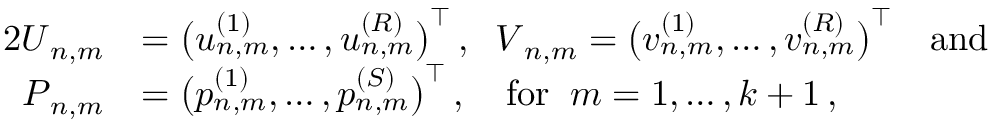
\begin{array} { r l } { { 2 } \boldsymbol U _ { n , m } } & { = \big ( u _ { n , m } ^ { ( 1 ) } , \ldots , u _ { n , m } ^ { ( R ) } \big ) ^ { \top } \, , \; \; \boldsymbol V _ { n , m } = \big ( v _ { n , m } ^ { ( 1 ) } , \ldots , v _ { n , m } ^ { ( R ) } \big ) ^ { \top } \quad \mathrm { a n d } } \\ { \boldsymbol P _ { n , m } } & { = \big ( p _ { n , m } ^ { ( 1 ) } , \ldots , p _ { n , m } ^ { ( S ) } \big ) ^ { \top } \, , \quad \mathrm { f o r } \; \; m = 1 , \ldots , k + 1 \, , } \end{array}